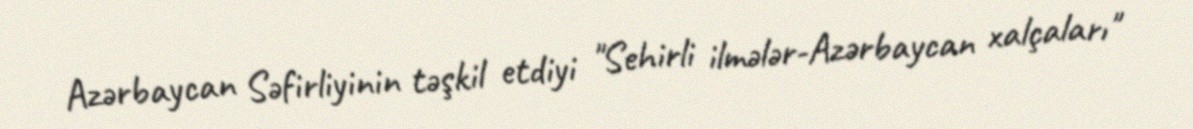
Azərbaycan Səfirliyinin təşkil etdiyi "Sehirli ilmələr-Azərbaycan xalçaları"